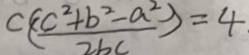
C ( \frac { ( c ^ { 2 } + b ^ { 2 } - a ^ { 2 } ) } { 2 b c } ) = 4